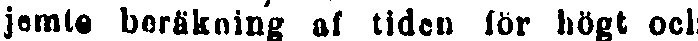
jemte beräkning af tiden för högt och